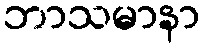
ဘာသမာနာ